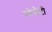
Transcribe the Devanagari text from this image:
सोसैटी